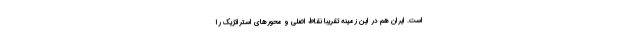
است. ایران هم در این زمینه تقریبا نقاط اصلی و محورهای استراتژیک را